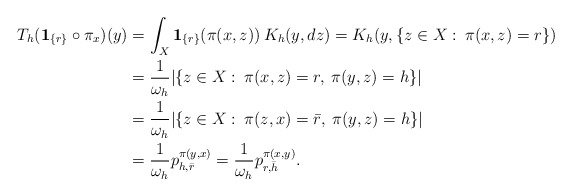
\begin{align*}T_h({\bf 1}_{\{r\}}\circ\pi_x)(y)&= \int_X {\bf 1}_{\{r\}}(\pi(x,z))\> K_h(y,dz)= K_h(y, \{z\in X:\> \pi(x,z)=r\})\\&=\frac{1}{\omega_h}|\{z\in X:\> \pi(x,z)=r, \> \pi(y,z)=h\}|\\&=\frac{1}{\omega_h}|\{z\in X:\> \pi(z,x)=\bar r, \> \pi(y,z)=h\}|\\&= \frac{1}{\omega_h}p_{h,\bar r}^{\pi(y,x)}=\frac{1}{\omega_h} p_{r,\bar h}^{\pi(x,y)}. \end{align*}